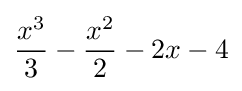
{\frac {x^{3}}{3}}-{\frac {x^{2}}{2}}-2x-4